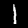
Digit: 1